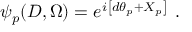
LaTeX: \left. \psi _ { p } ( D , \Omega ) = e ^ { i \left[ d \theta _ { p } + X _ { p } \right] } \ . \right.